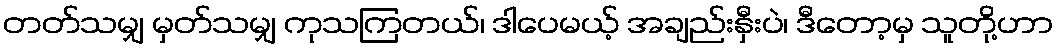
တတ်သမျှ မှတ်သမျှ ကုသကြတယ်၊ ဒါပေမယ့် အချည်းနှီးပဲ၊ ဒီတော့မှ သူတို့ဟာ